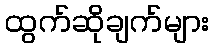
ထွက်ဆိုချက်များ